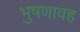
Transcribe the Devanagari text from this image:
भुषणावह